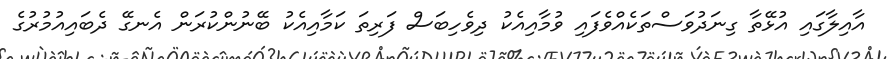
އާއިލާގައި އުޅޭތާ ގިނަދުވަސްތަކެއްވެފައި ވުމާއިއެކު ދިވެހިބަސް ފަރިތަ ކަމާއިއެކު ބޭނުންކުރަން އެނގޭ ދެބައިއުމުރުގެ